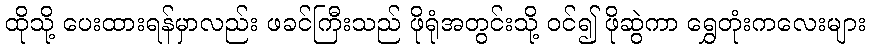
ထိုသို့ ပေးထားရန်မှာလည်း ဖခင်ကြီးသည် ဖိုရုံအတွင်းသို့ ဝင်၍ ဖိုဆွဲကာ ရွှေတုံးကလေးများ